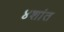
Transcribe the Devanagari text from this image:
४शांत